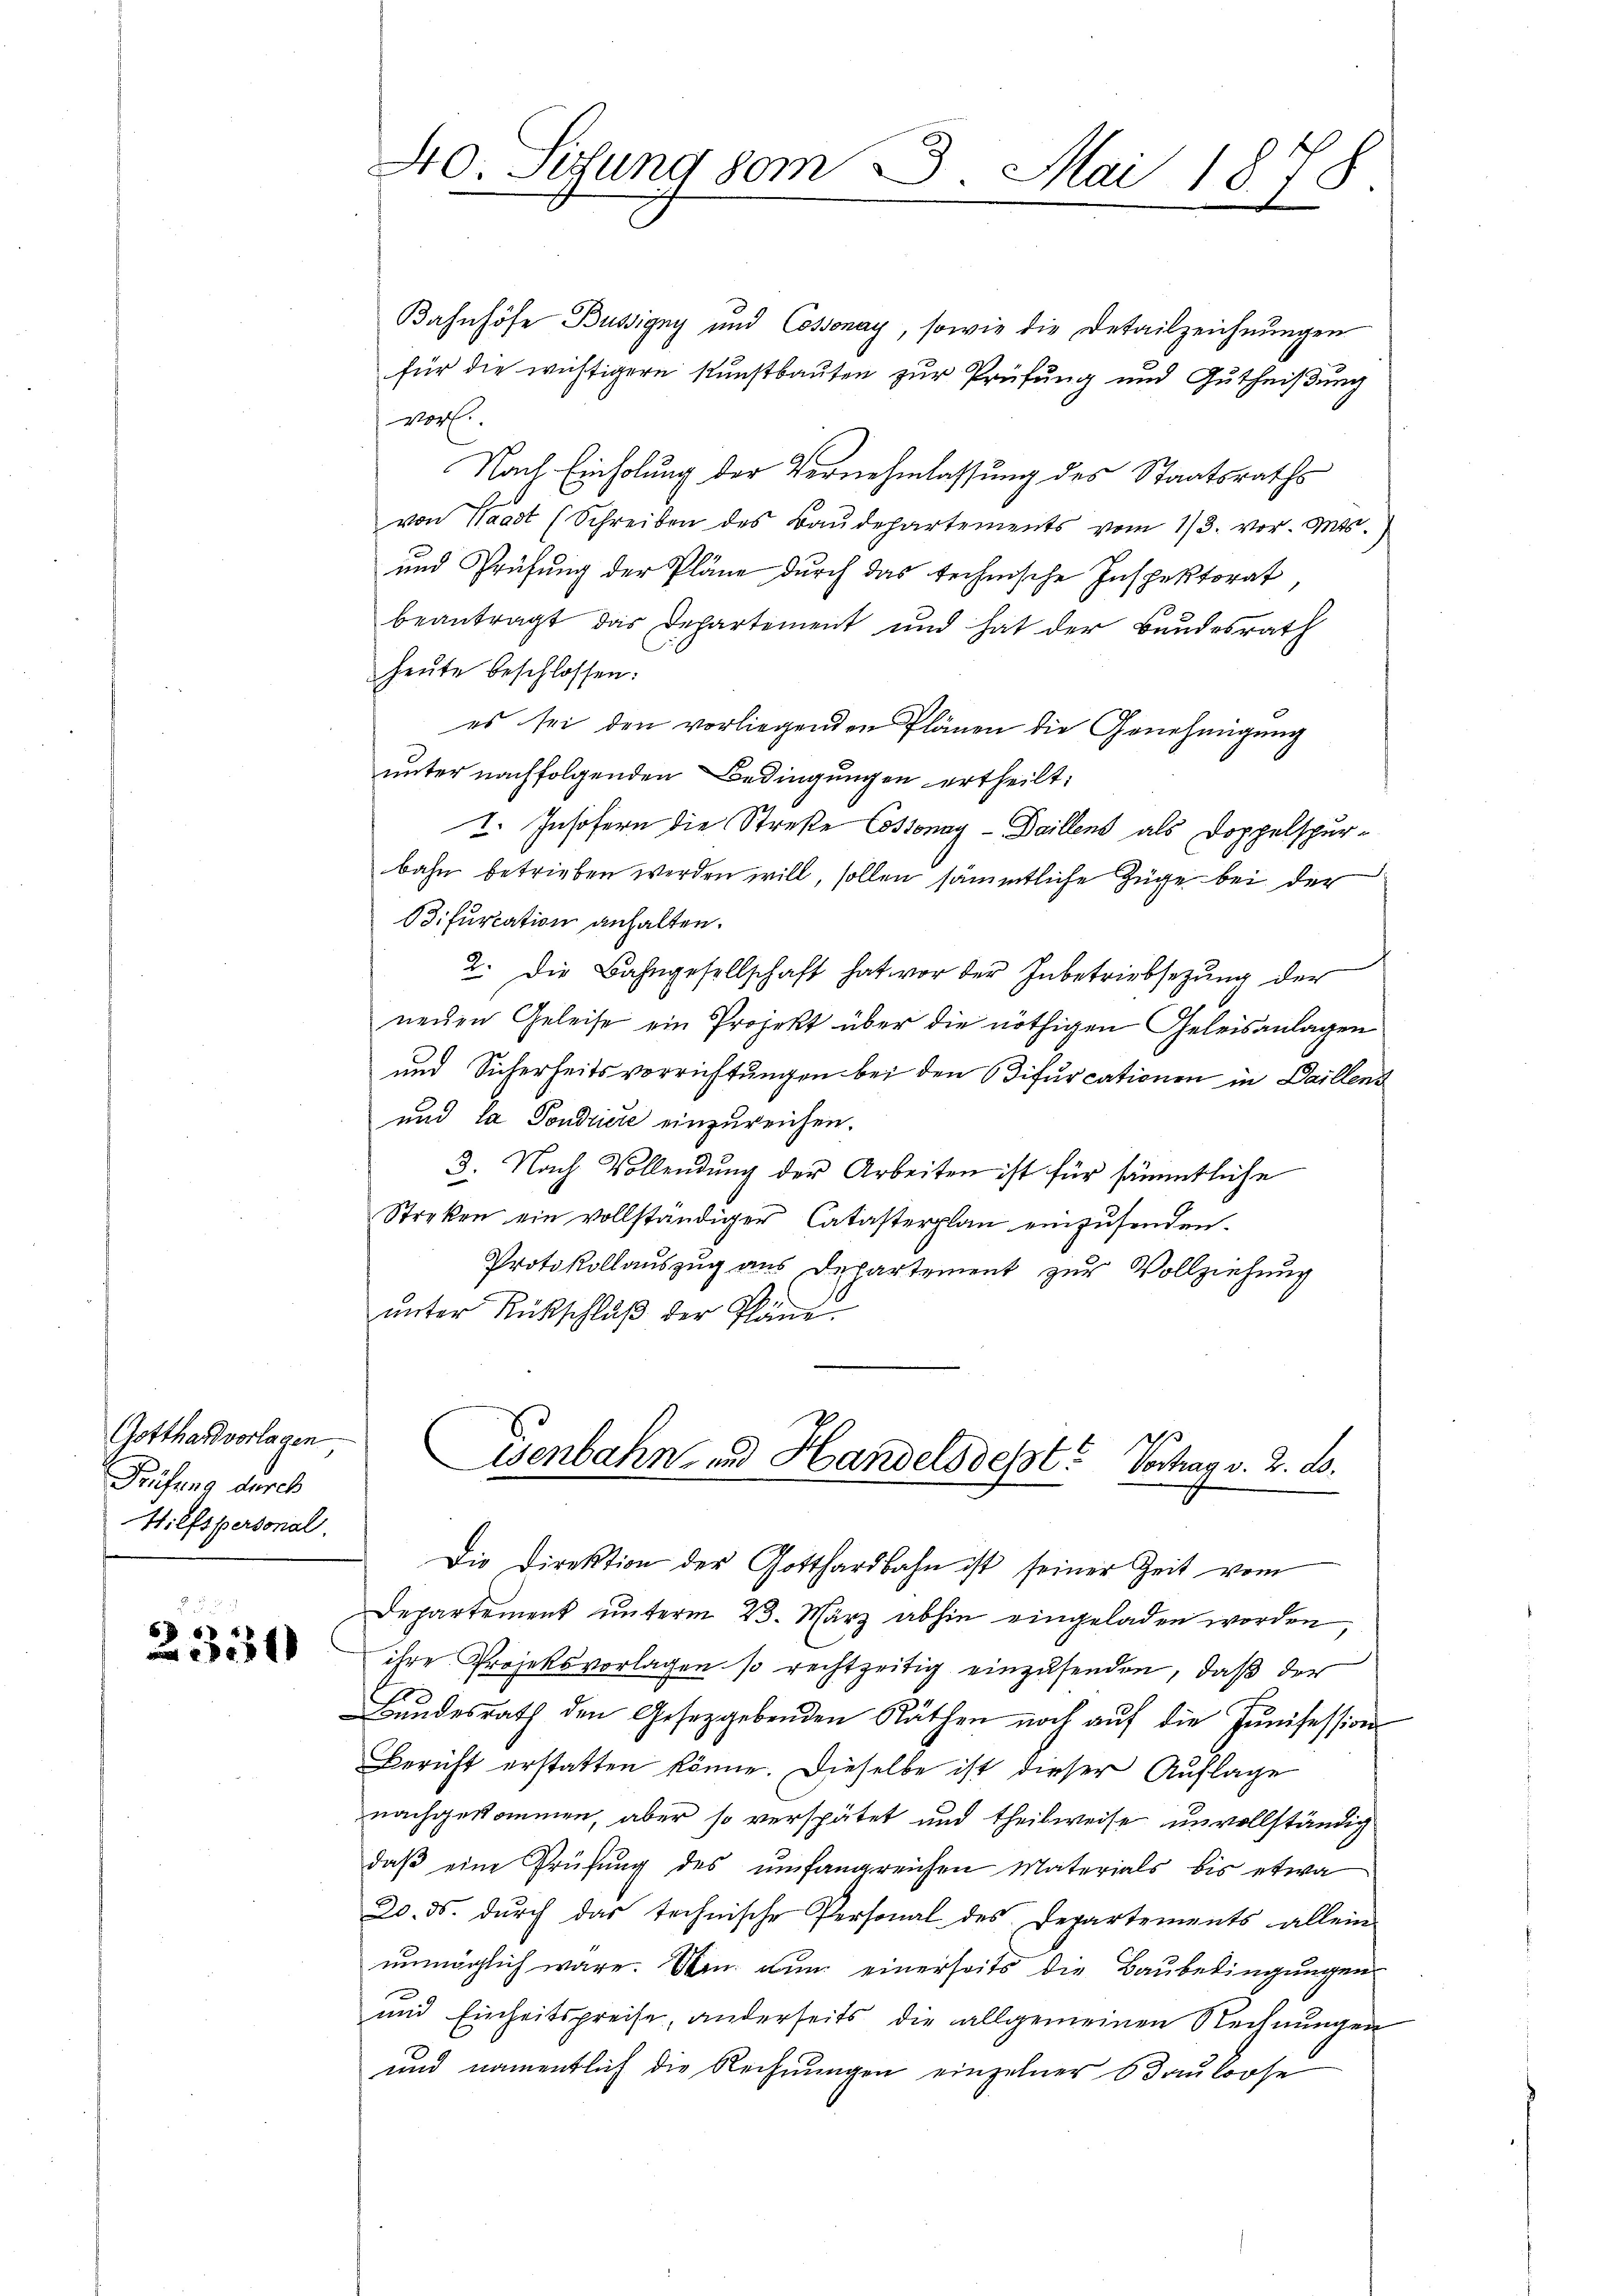
Gotthard vorlagen
Prüfung durch
Hilfspersonal.

2331

40. Sitzung vom 28. Mai 1870

Bahnhöfe Büssigny und Cossonay, sowie die Detailzeichnungen
für die wichtigern Kunstbauten zur Prüfung und Gutheißung
r.
Nach Einholung der Vernehmlassung des Staatsraths
von Waadt (Schreiben des Baŭdepartements vom 13. vor. Mts.
und Prüfung der Pläne durch das technische Inspektorat
beantragt das Departement und hat der Bundesrath
heute beschlossen:
es sei den vorliegenden Plänen die Genehmigung
unter nachfolgenden Bedingungen ertheilt:
2. Insofern die Straße Cossonay - Daillens als Doppelspur-
bahn betrieben werden will, sollen sämmtliche Züge bei der
Bifurcation anhalten.
2. Die Bahngesellschaft hat vor der Inbetriebsezung der
nenen Geleise ein Projekt über die nöthigen Geleisanlagen
und Sicherheitsverrichtungen bei den Bifurcationen in Daillens
und la Pondicie einzureichen.
3. Nach Vollendung der Arbeiten ist für sämmtliche
Streken ein vollständiger Catasterplan einzusenden.
Protokollauszug aus Departement zur Vollziehung
unter Rückschluß der Pläne.
Eisenbahn- und Handels desst. Vortrag v. 2. ds.
Die Direktion der Gotthardbahn ist seiner Zeit vom
Departement unterm 23. März abhin eingeladen worden
ihre Projeksvorlagen so rechtzeitig einzusenden, daß der
Bundesrath den Gesetzgebenden Räthen noch aŭf die Junisession
Bericht erstatten könne. Dieselbe ist dieser Auflage
nachgekommen, aber so verspätet und theilweise unvollständig
daβ eine Prüfŭng des umfangreichen Materials bis etwa
20. ds. dŭrch das technische Personal des Departements allein-
unmöglich wäre. Den nun einerseits die Baubedingungen
und Einheitspreise, anderseits die allgemeinen Rechnŭngen
und namentlich die Rechnungen einzelner 6 Bauloose